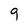
Character: 9